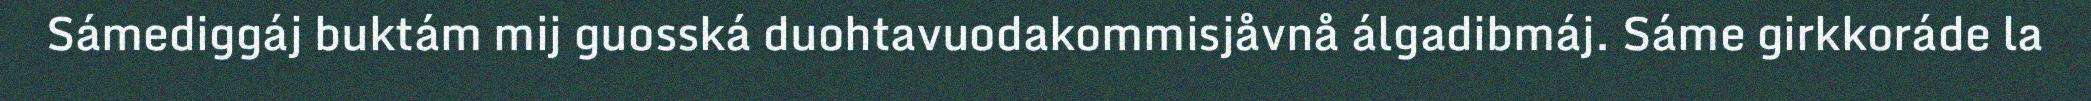
Sámediggáj buktám mij guosská duohtavuodakommisjåvnå álgadibmáj. Sáme girkkoráde la